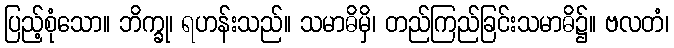
ပြည့်စုံသော။ ဘိက္ခု၊ ရဟန်းသည်။ သမာဓိမှိ၊ တည်ကြည်ခြင်းသမာဓိ၌။ ဗလတံ၊